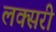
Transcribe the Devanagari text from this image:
लक्सरी